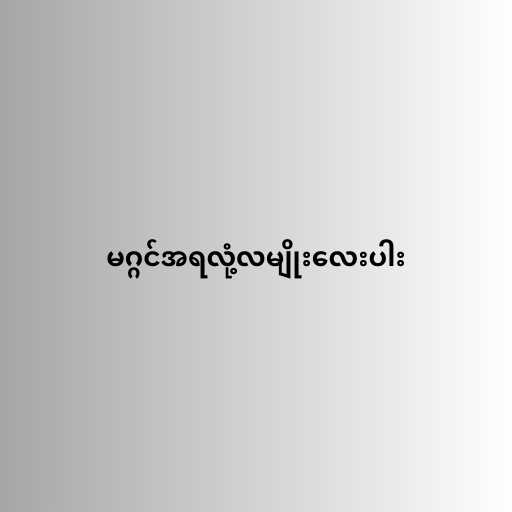
မဂ္ဂင်အရလုံ့လမျိုးလေးပါး